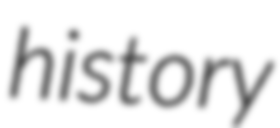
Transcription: history